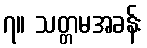
၇။ သတ္တမအခန်း